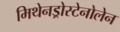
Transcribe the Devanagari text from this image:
मिथेनड्रोस्टेनोलेन